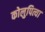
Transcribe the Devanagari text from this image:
कोलुपित्या